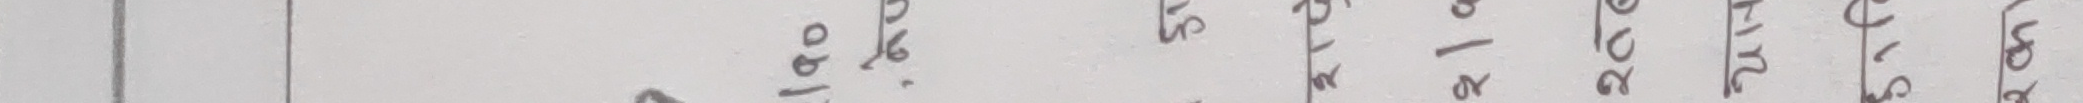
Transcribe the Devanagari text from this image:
१० २७ १/२ २० २/५ २/६